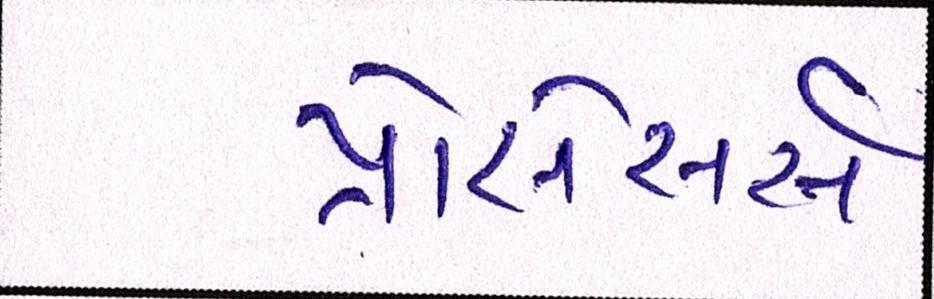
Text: પ્રોસેસર્સ